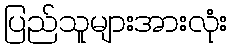
ပြည်သူများအားလုံး